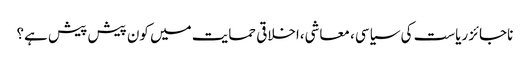
ناجائز ریاست کی سیاسی، معاشی،اخلاقی حمایت میں کون پیش پیش ہے؟